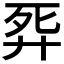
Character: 𢍈